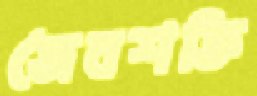
জৈবশক্তি